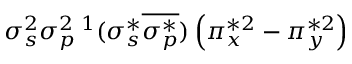
\sigma _ { s } ^ { 2 } \sigma _ { p } ^ { 2 } { } \, ^ { 1 } ( \sigma _ { s } ^ { * } \overline { { \sigma _ { p } ^ { * } } } ) \left( \pi _ { x } ^ { * 2 } - \pi _ { y } ^ { * 2 } \right)